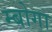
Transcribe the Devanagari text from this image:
म्बोगा